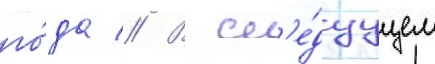
го́да // В сл'е́дуущем